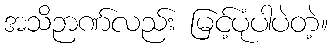
အသိဉာဏ်လည်း မြင့်ပုံပါပဲတဲ့။